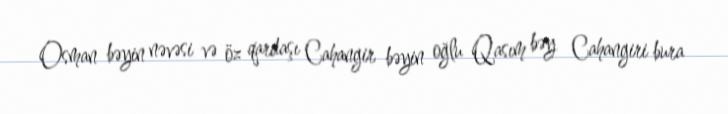
Osman bəyin nəvəsi və öz qardaşı Cahangir bəyin oğlu Qasım bəy Cahangiri bura